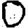
Digit: 0